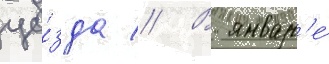
уе́зда // В январ'е́